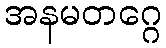
အနမတဂ္ဂေ